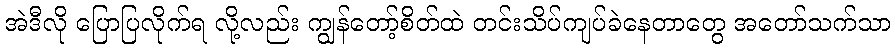
အဲဒီလို ပြောပြလိုက်ရ လို့လည်း ကျွန်တော့်စိတ်ထဲ တင်းသိပ်ကျပ်ခဲနေတာတွေ အတော်သက်သာ